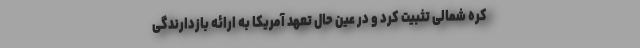
کره شمالی تثبیت کرد و در عین حال تعهد آمریکا به ارائه بازدارندگی